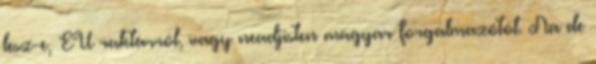
lesz-e, EU raktárról, vagy neadjisten magyar forgalmazótól. Na de